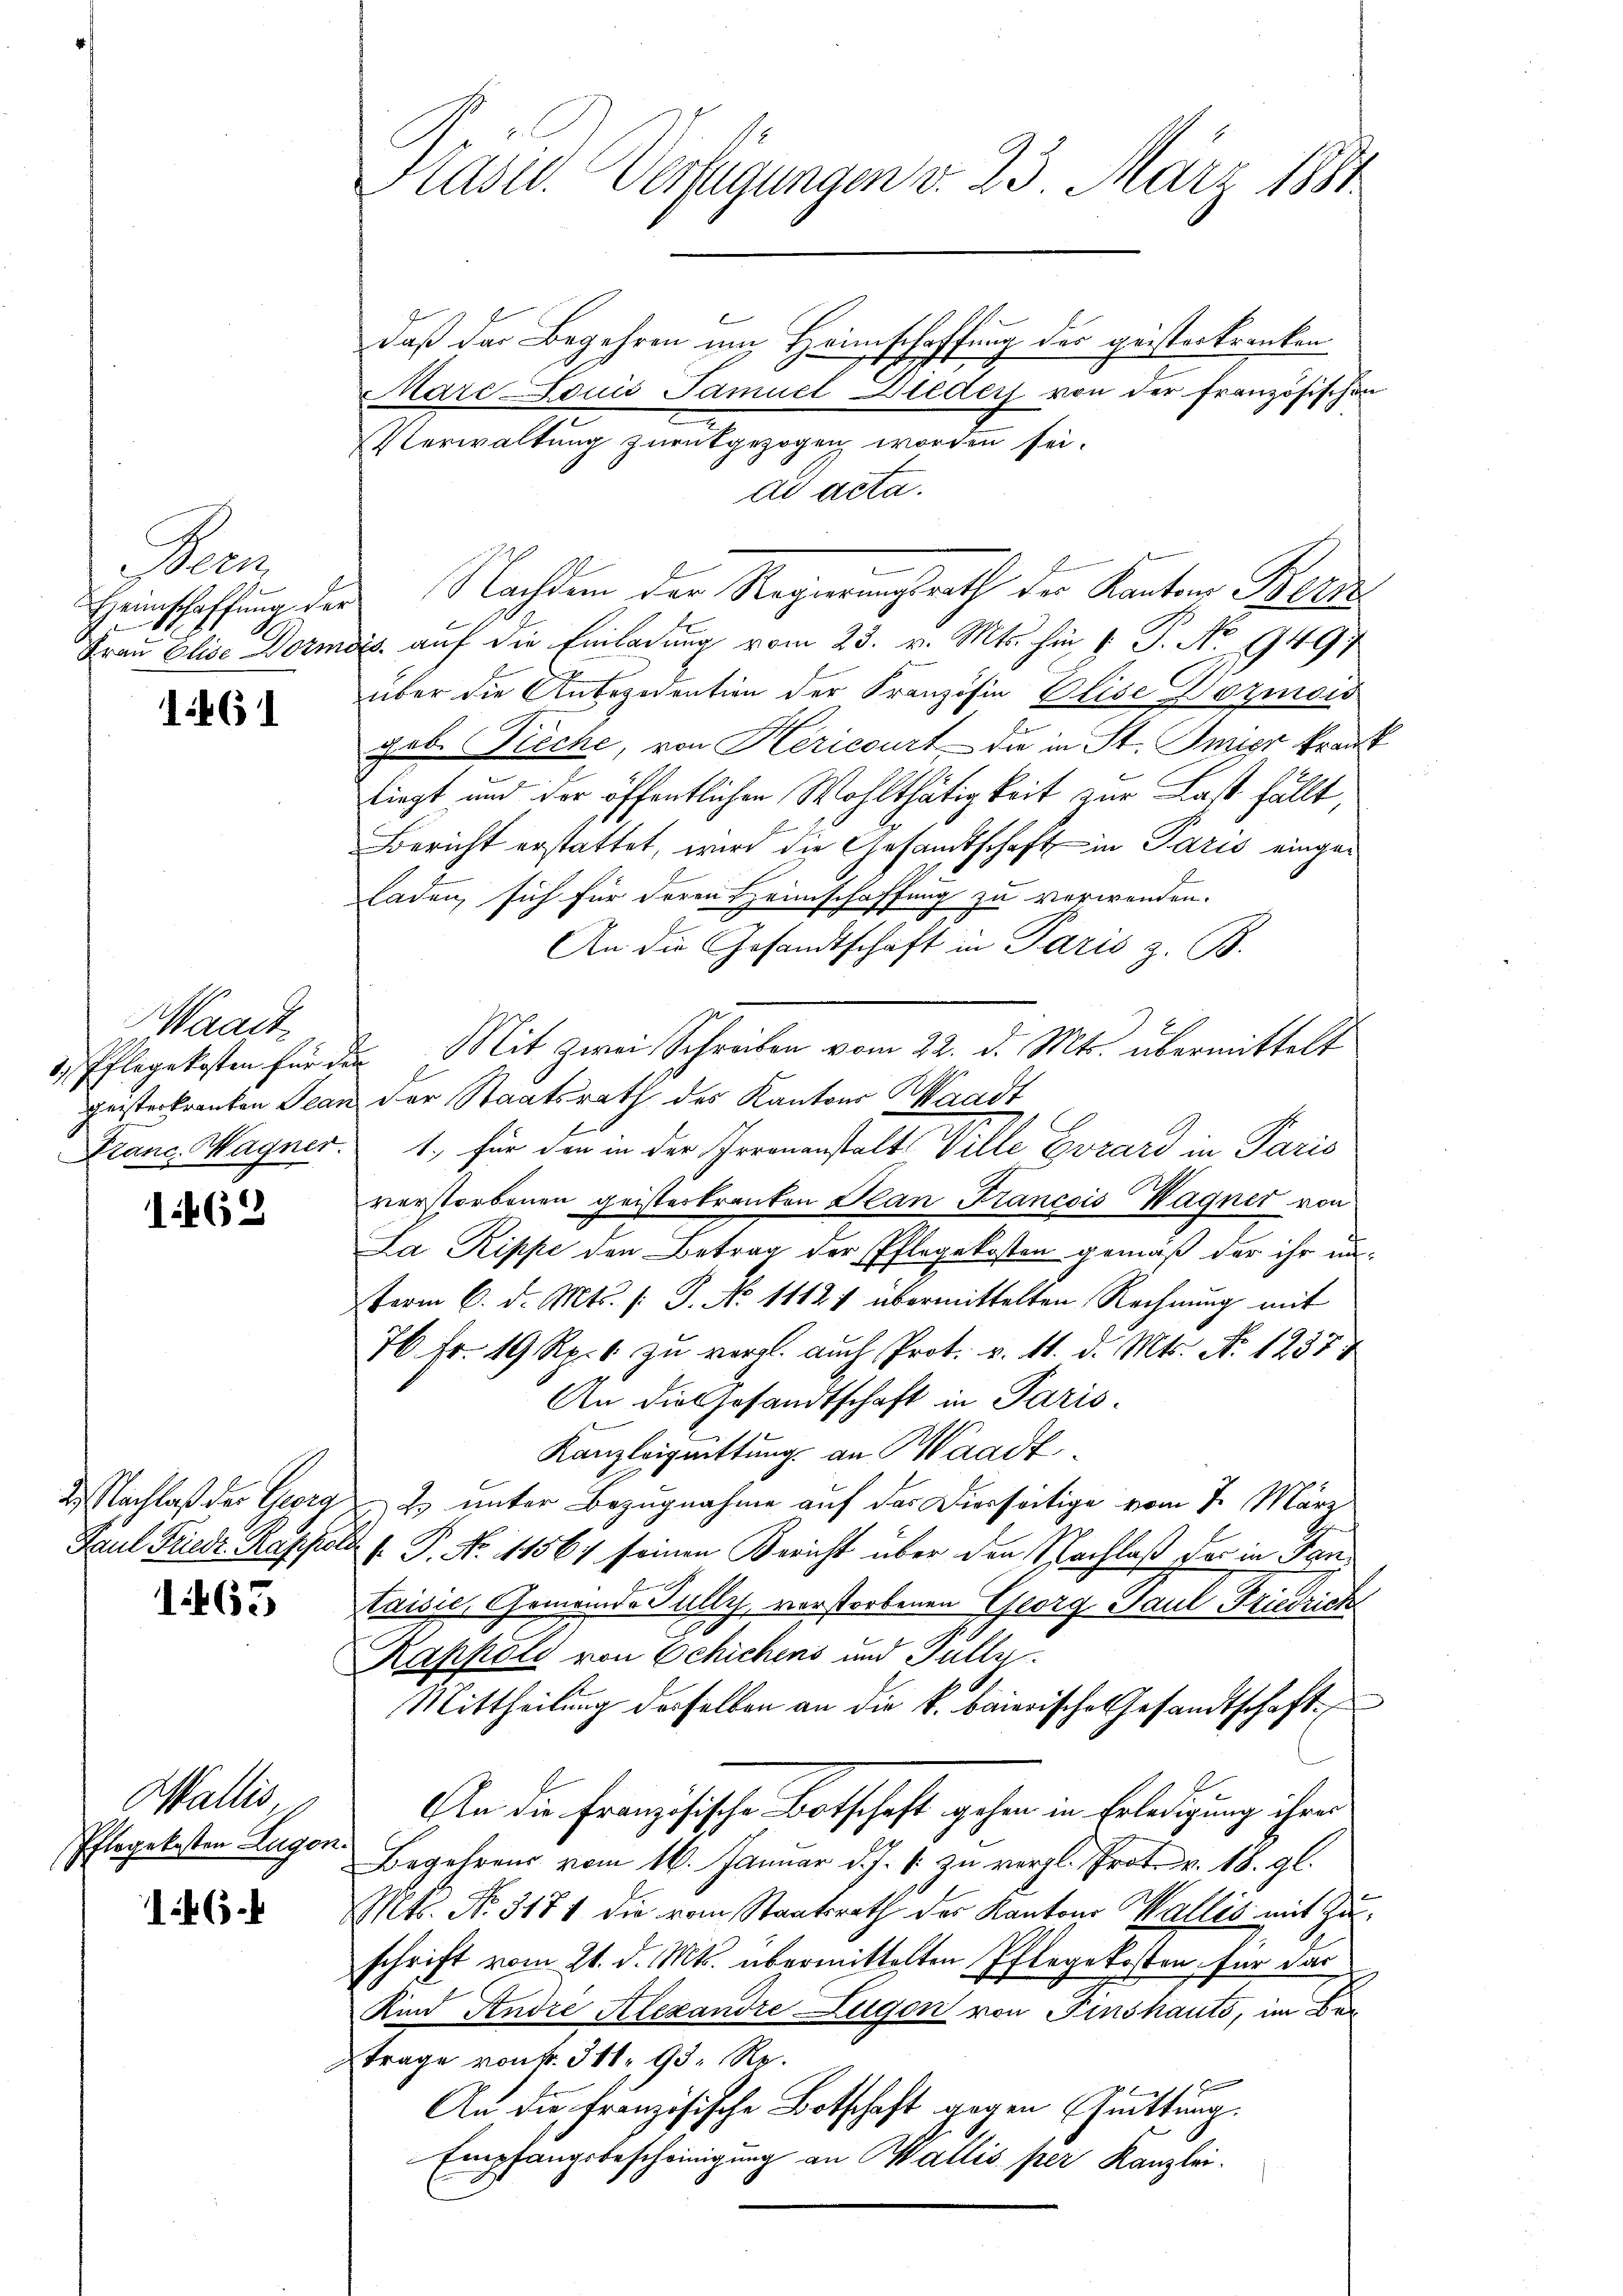
ae

1461

Waadt,

1462

1465

Wallis,
Pflegekosten Lagen.

1465.

daß der Begehren um Heimschaffung der geisterkranken
Mare Louis Famuel Bieder von der französischen
Verwaltung zurückgezogen worden sei.
ad acta.
Heinschaffung des Nachdem der Regierungsrath der Kantons Bette
E
Frau Elise Vormers auf die Einladung vom 23. v. Mts. hin 1. P. No. 19497
über die Antezodention der Französin Elise Dozmois
geb. Tieche, von Hericourt die in St. Gmier krank
liegt und der öffentlichen Wohlthätigkeit zur Last fällt,
Bericht erstattet, wird die Gesandtschaft in Paris einge¬
Laden, sich für deren Heimschaffung zu verwenden.
An die Gesandtschaft in Paris z. B.
d. Pflegekosten für den Mit zwei Schreiben vom 22. d. Mts. übermittelt
gesterkranken Jean der Staatsrath des Kantons Waadt
Franc Wagner. 1. für den in der Irrenanstalt Ville, Grard in Paris
verstorbenen geisterkranten Plan Francois Wagner von
La Rippe den Betrag der Pflegekosten gemäß der ihr unterm 6. d. Mts. (: J. No 11121 übermittelten Rechnung mit
76. Fr. 19 Rp. 1 zu vergl. auch Prot. v. 11. d. Mts. No 1237
An die Gesandtschaft in Paris.
Kanzleiguittung an Waadt,
2. Nachlaß der Geora 2. unter Bezugnahme auf das Dierseitige vom 7. März
Paul Friedr. Rappol. P. No 11567 seinen Bericht über den Nachlaß der in Pan¬
Taisie, Gemeinde Jully, vorstorbenen Georg Paul Friedrich
2
Rappold von Schichens und Fully
Mittheilung desselben an die k. baierische Gesandtschaft
An die französische Botschaft gehen in Erledigung ihrer
Begehrens vom 16. Januar d. J. J. zu vergl. Prot. v. 18. gl.
Mts. No. 3171 die vom Staatsrath der Kantons Wallis mit Zuschrift vom 21. d. Mts. übermittelten Pflegekosten, für das
Kind Andre Alexandre Zugon von Finshaus, im Ber
trage von Nr. 311. 93: Re¬
An die französische Botschaft gegen Guittung.
Empfangsbescheinigung an Wallis per Kanzlei.

Stasid. Verfügungen v. 23. März 1881